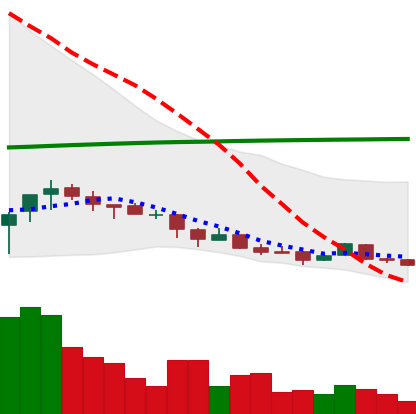
Ticker: NEO-USD
Chart end date: 2018-04-06
Forward return: 30.271%
Label: up_7plus